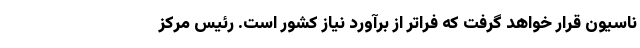
ناسیون قرار خواهد گرفت که فراتر از برآورد نیاز کشور است. رئیس مرکز